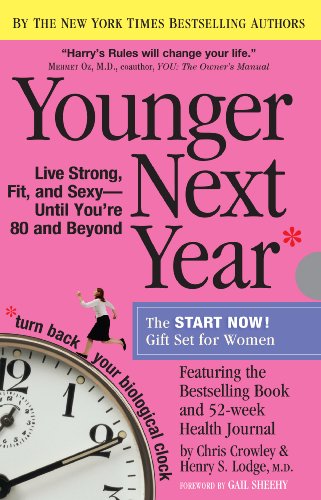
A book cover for Younger Next Year Gift Set for Women; Chris Crowley; Health, Fitness & Dieting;